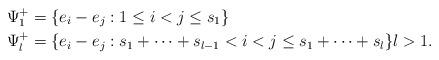
LaTeX: \begin{align*}\Psi _{1}^{+}& =\{e_{i}-e_{j}:1\leq i<j\leq s_{1}\} \\\Psi _{l}^{+}& =\{e_{i}-e_{j}:s_{1}+\cdots +s_{l-1}<i<j\leq s_{1}+\cdots+s_{l}\}l>1.\end{align*}